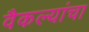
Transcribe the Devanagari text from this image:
वैकल्यांचा